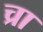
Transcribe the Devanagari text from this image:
च्रा